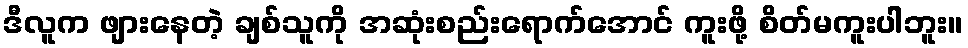
ဒီလူက ဖျားနေတဲ့ ချစ်သူကို အဆုံးစည်းရောက်အောင် ကူးဖို့ စိတ်မကူးပါဘူး။